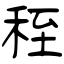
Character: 秷